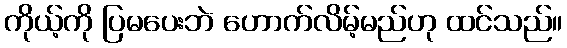
ကိုယ့်ကို ပြမပေးဘဲ ဟောက်လိမ့်မည်ဟု ထင်သည်။